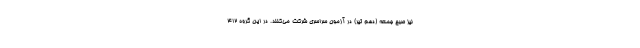
نیز صبح جمعه (دهم تیر) در آزمون سراسری شرکت می‌کنند. در این گروه ۴۱۲